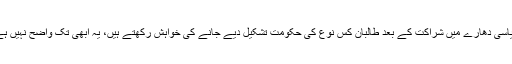
سیاسی دھارے میں شراکت کے بعد طالبان کس نوع کی حکومت تشکیل دیے جانے کی خواہش رکھتے ہیں، یہ ابھی تک واضح نہیں ہے۔